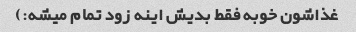
غذاشون خوبه فقط بدیش اینه زود تمام میشه:)